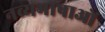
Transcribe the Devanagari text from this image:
नव्यभाषाओं